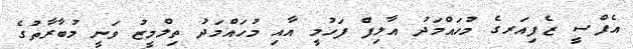
އެފްސީ ޒެފިއަރގެ މުހައްމަދު އާލިފް ފަހުމީ އާއި މުހައްމަދު ތިލްމީޒު ވަނީ މުބާރާތުގެ